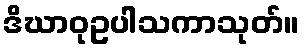
ဒိဃာဝုဥပါသကာသုတ်။